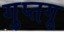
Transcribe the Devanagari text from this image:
गुप्तगू